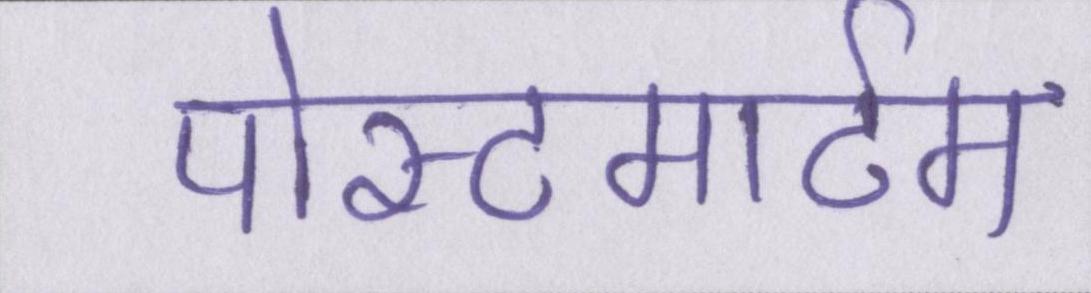
पोस्टमार्टम